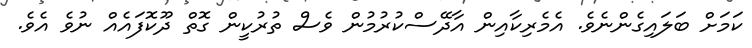
ކަމަށް ބަލައިގެންނެވެ. އެމެރިކާއިން އާދޭސްކުރުމުން ވެސް ތުރުކީން ގޮތް ދޫކޮފައެއް ނުވެ އެވެ.